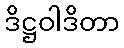
ဒိဋ္ဌဝါဒိတာ